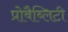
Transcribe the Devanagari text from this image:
प्रोबैब्लिटी